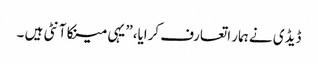
ڈیڈی نے ہمار اتعارف کرایا،” یہی مینکا آنٹی ہیں ۔